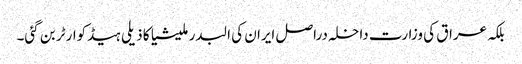
بلکہ عراق کی وزارت داخلہ دراصل ایران کی البدر ملیشیا کا ذیلی ہیڈکوارٹر بن گئی۔